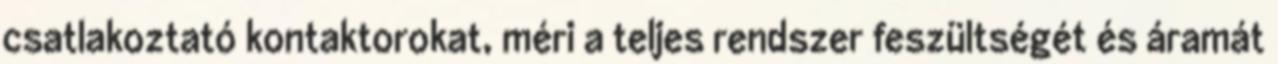
csatlakoztató kontaktorokat, méri a teljes rendszer feszültségét és áramát